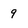
Character: 9